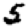
Digit: 5